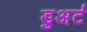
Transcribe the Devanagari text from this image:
डुअर्ट